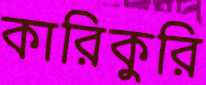
কারিকুরি